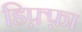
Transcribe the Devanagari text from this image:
डिफ़्फ़ा